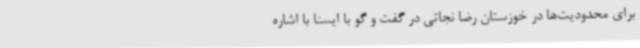
برای محدودیت‌ها در خوزستان رضا نجاتی در گفت و گو با ایسنا با اشاره